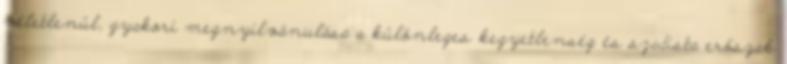
véletlenül, gyakori megnyilvánulása a különleges kegyetlenség és szadista erőszak